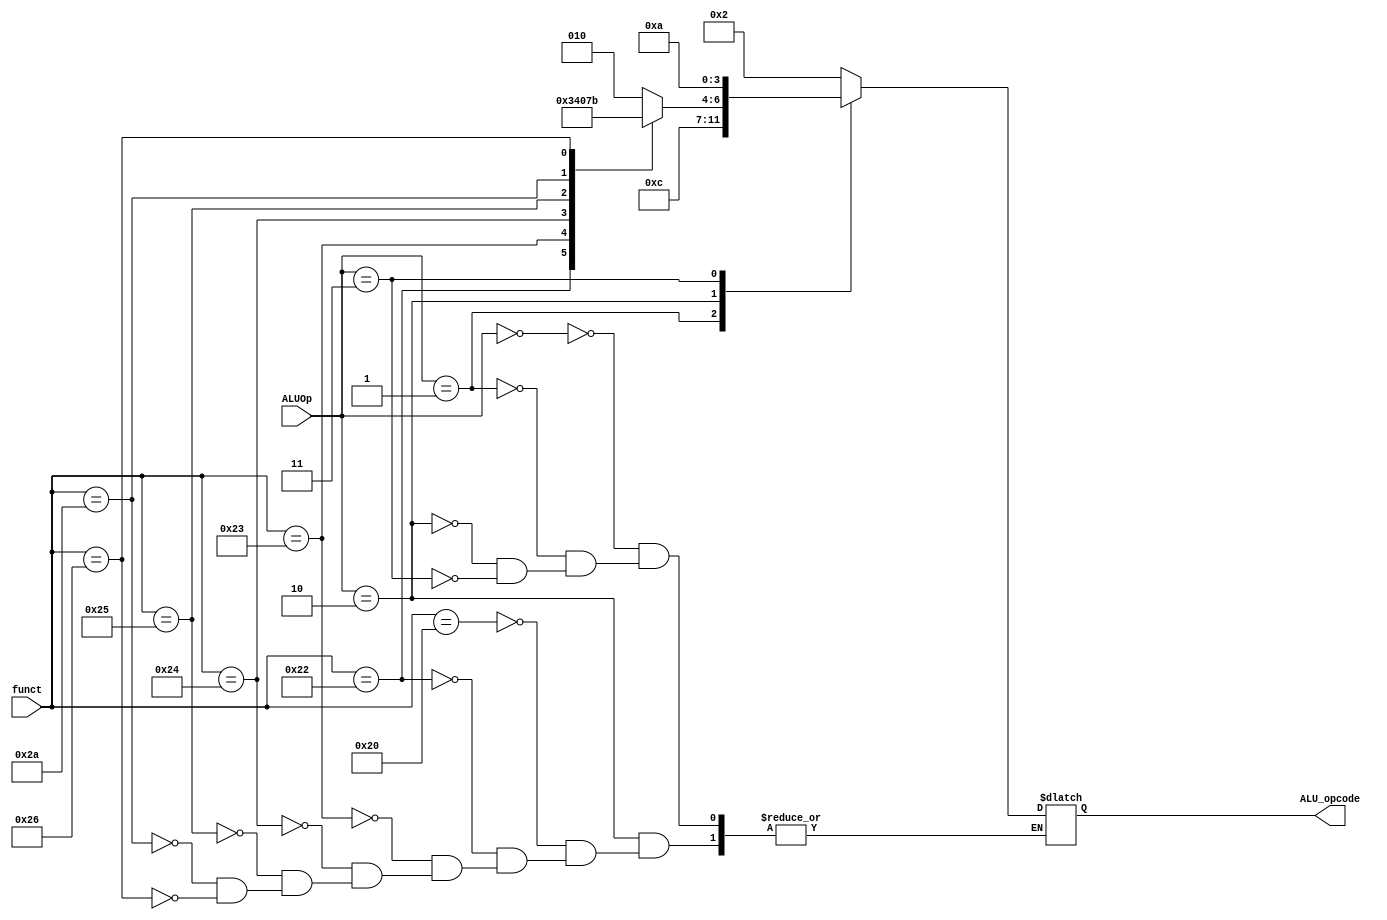
module ALU_Control_PP (
input [1:0] ALUOp,
input [5:0] funct,
output reg [3:0] ALU_opcode
);
always @(*)
begin
case(ALUOp)
 2'b00: ALU_opcode <= 4'b0010; // LW+SW
 2'b01: ALU_opcode <= 4'b0110; // Branch
 2'b10: begin
 case(funct)
  6'b100000: ALU_opcode <= 4'b0010; // add
  6'b100010: ALU_opcode <= 4'b0110; // sub
  6'b100011: ALU_opcode <= 4'b0100; // mult
  6'b100100: ALU_opcode <= 4'b0000; // and
  6'b100101: ALU_opcode <= 4'b0001; // or
  6'b101010: ALU_opcode <= 4'b0111; // negation of Rs
  6'b100110: ALU_opcode <= 4'b0011; // slt
 endcase
end
 2'b11: ALU_opcode <= 4'b1010;
endcase
end
endmodule